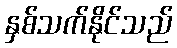
နှစ်သက်နိုင်သည်